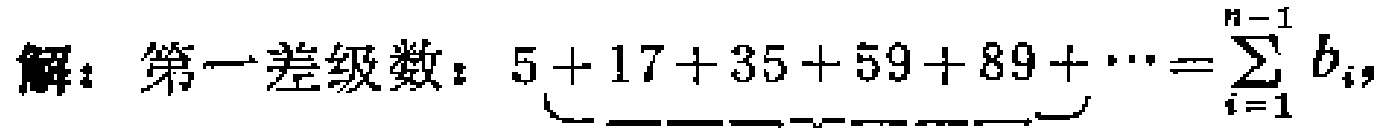
解：第一差级数：$5 + 17 + 35 + 59 + 89+\cdots=\sum_{i = 1}^{n - 1}b_{i},$